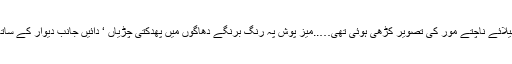
تکیے پہ پر پھیلائے ناچتے مور کی تصویر کڑھی ہوئی تھی…..میز پوش پہ رنگ برنگے دھاگوں میں پھدکتی چڑیاں ‘ دائیں جانب دیوار کے ساتھ چھ کرسیاں ۔